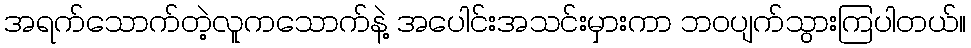
အရက်သောက်တဲ့လူကသောက်နဲ့ အပေါင်းအသင်းမှားကာ ဘဝပျက်သွားကြပါတယ်။